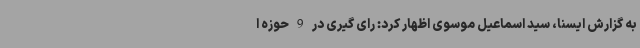
به گزارش ایسنا، سید اسماعیل موسوی اظهار کرد: رای گیری در 9 حوزه ا